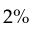
2 \%